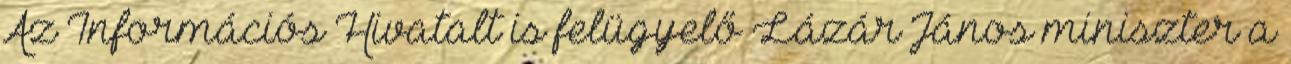
Az Információs Hivatalt is felügyelő Lázár János miniszter a